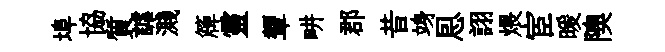
埠協質謔濺簰靈顰畊郡昔竧㤙詡煨宦暖隩